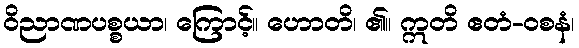
ဝိညာဏပစ္စယာ၊ ကြောင့်။ ဟောတိ၊ ၏။ ဣတိ ဧတံ-ဝစနံ၊